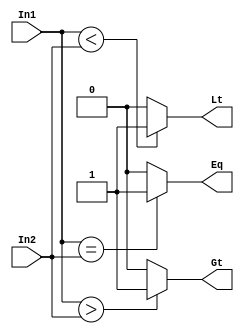
// source https://esrd2014.blogspot.com/p/8-bit-magnitude-comparator.html
// compares In1 to In2

module comparator7b (In1, In2, Gt, Lt, Eq); 
input [6:0]  In1, In2; 
output	Gt, Lt, Eq; 
reg	Gt, Lt, Eq; 
always @ (In1 or In2) 
  begin 
    Gt <= ( In1 > In2 )? 1'b1 : 1'b0; 
    Lt <= ( In1 < In2 )? 1'b1 : 1'b0; 
    Eq <= ( In1 == In2)? 1'b1 : 1'b0; 
  end
endmodule